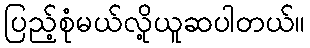
ပြည့်စုံမယ်လို့ယူဆပါတယ်။